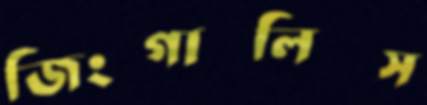
জিংগালিস